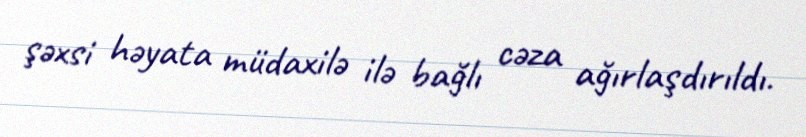
şəxsi həyata müdaxilə ilə bağlı cəza ağırlaşdırıldı.